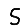
Digit: 5